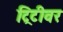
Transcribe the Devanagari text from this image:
ट्रिटीवर